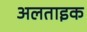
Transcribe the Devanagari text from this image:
अलताइक